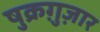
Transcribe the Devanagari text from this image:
षुक्रग़ुज़ार